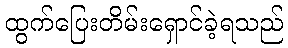
ထွက်ပြေးတိမ်းရှောင်ခဲ့ရသည်